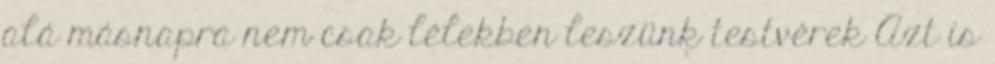
alá másnapra nem csak lélekben leszünk testvérek Azt is